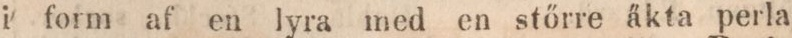
i form af en lyra med en stőrre äkta perla